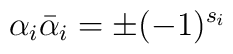
\alpha_i{\bar\alpha}_i=\pm (-1)^{s_i}